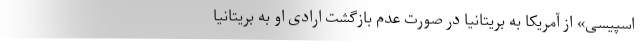
اسپیسی» از آمریکا به بریتانیا در صورت عدم بازگشت ارادی او به بریتانیا